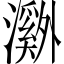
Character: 𬉝